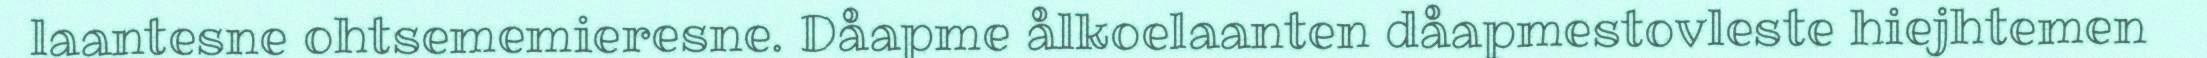
laantesne ohtsememieresne. Dåapme ålkoelaanten dåapmestovleste hiejhtemen